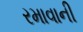
રમાવાની